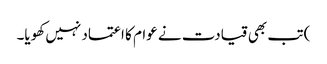
) تب بھی قیادت نے عوام کا اعتماد نہیں کھویا۔